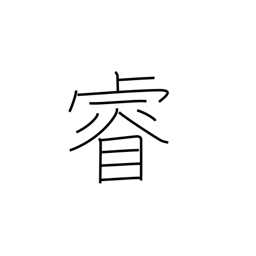
Meaning: intelligence